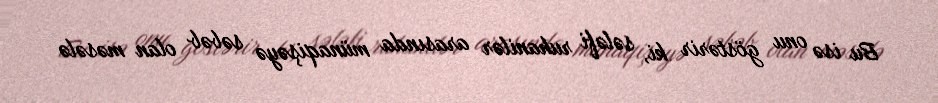
Bu isə onu göstərir ki, sələfi ruhanilər arasında münaqişəyə səbəb olan məsələ